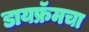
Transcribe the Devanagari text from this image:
डायफ्रॅमचा